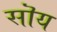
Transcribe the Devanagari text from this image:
सॊय